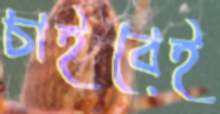
চাইবেই